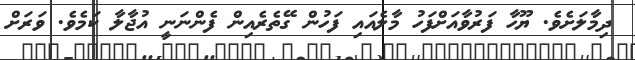
ދިމާލަށެވެ. ޔޫހާ ފަރުވާއަށްފަހު މާލެއައި ފަހުން ގޭތެރެއިން ފެންނަނީ އުޖާލާ ކަމެވެ. ވަރަށް